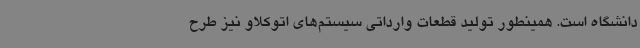
دانشگاه است. همینطور تولید قطعات وارداتی سیستم‌های اتوکلاو نیز طرح